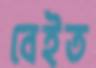
বেইত